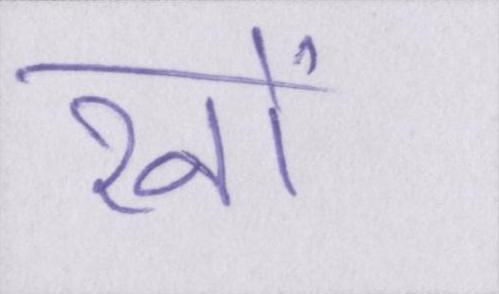
रनों